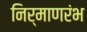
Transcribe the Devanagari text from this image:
निर्माणरंभ